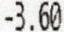
-3.60